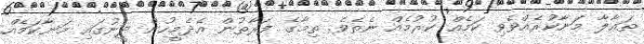
ތަޢާލާ މަނާކުރެއްވެވި ކަމެއް ކުރުމެއް ނެތެވެ. ތިމާގެ ފަރާތުން އެދެމީހުން ދީނުގައި މަނާކަމެއް